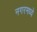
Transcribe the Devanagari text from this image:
नगरमध्ये